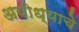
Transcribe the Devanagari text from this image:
अयोध्याचे